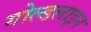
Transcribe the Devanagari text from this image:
गोल्डलाइन